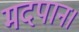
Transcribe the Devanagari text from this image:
मदपान।